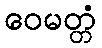
ဝေမတ္တံ